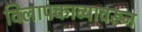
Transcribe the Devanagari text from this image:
विलापकाव्यावरून